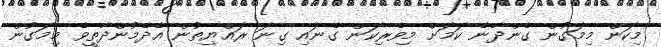
މިކަން މިމަގުން ގެންދާނެ ކަމަށް މިވެރިކަން ގެނައި ގިނަ ރައްޔިތުން އެދެމުންދާތީވެ މިމަގުން